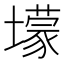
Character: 𡒯